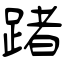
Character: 踷